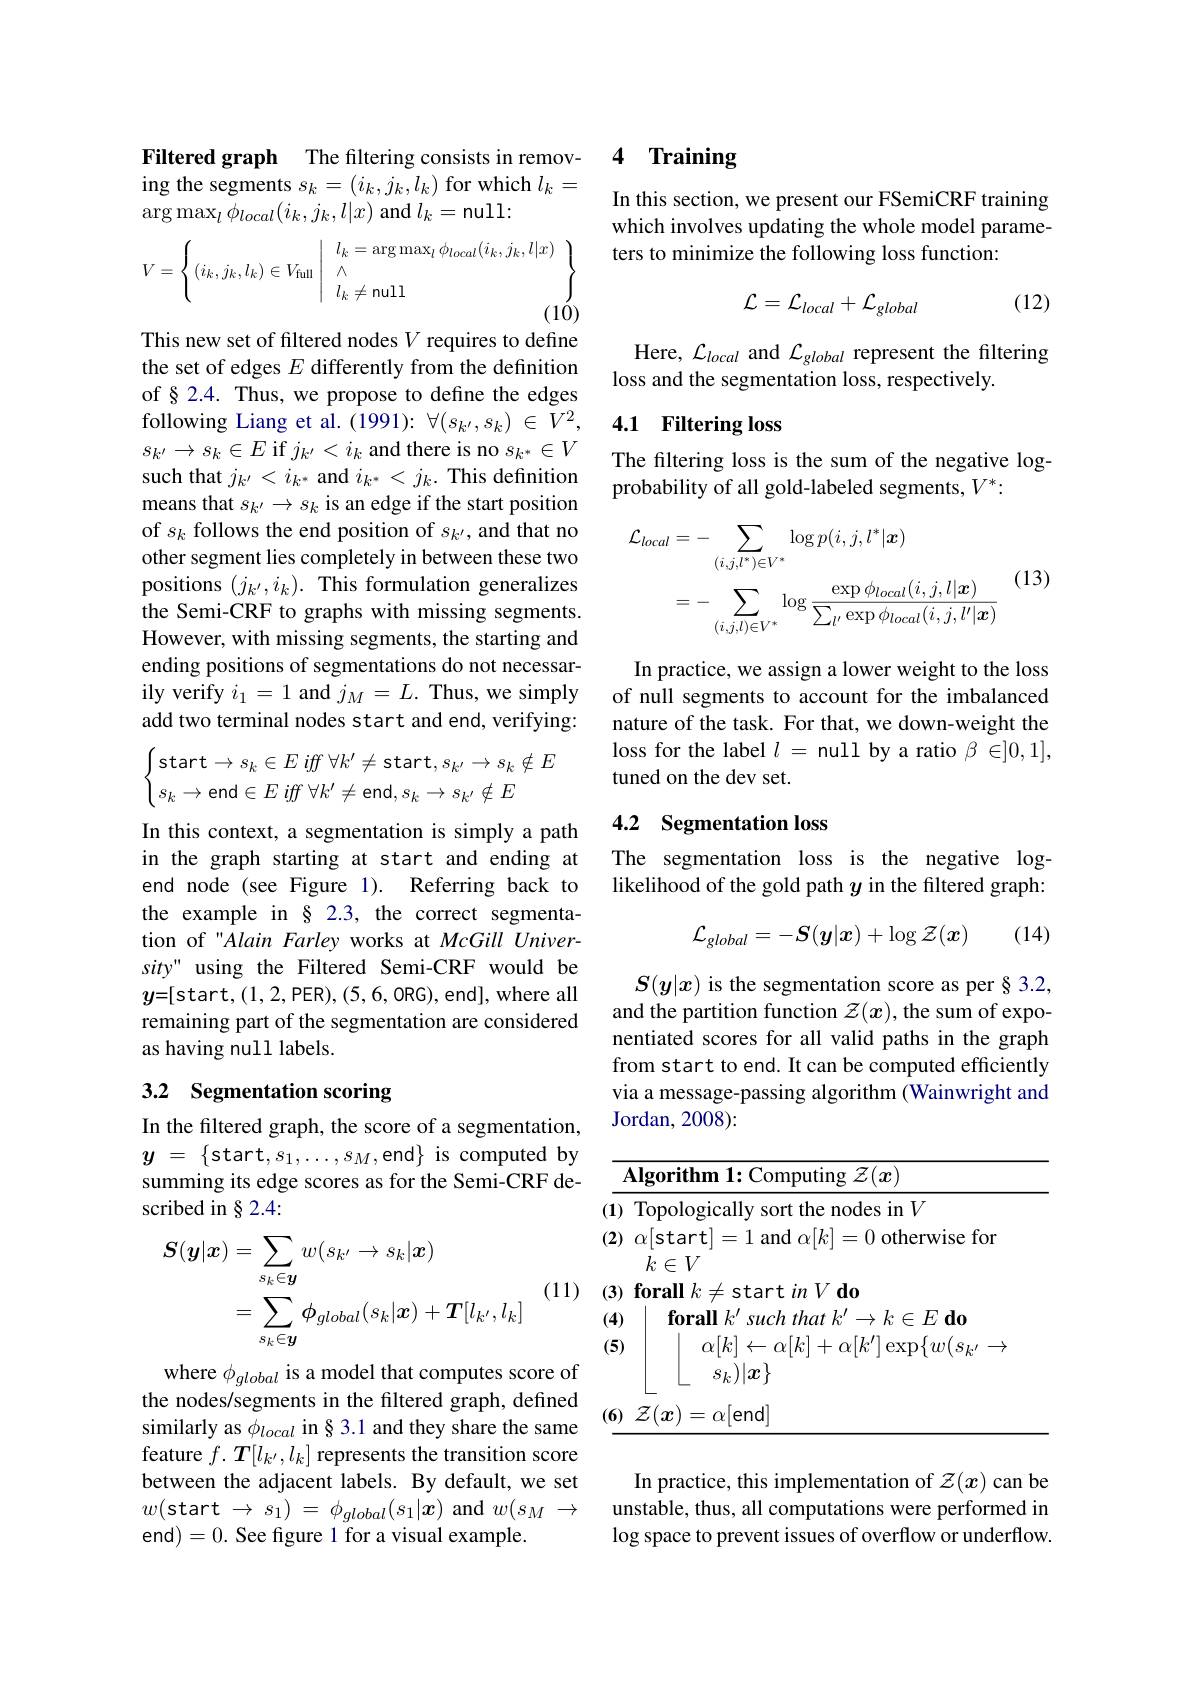
Filtered graph The filtering consists in removing the segments $s_k=(i_k,j_k,l_k)$ for which $l_k=$ $\arg\max_{l}\phi_{local}(i_{k},j_{k},l|x)$ and $l_k=$null:
$$V=\left\{(i_k,j_k,l_k)\in V_{\text{full}}\left|\begin{array}{c}l_k=\arg\max_l\phi_{local}(i_k,j_k,l|x)\\\wedge\\l_k\neq\text{null}\end{array}\right.\right\}$$
This new set of filtered nodes $V$ requires to define the set of edges $E$ differently from the definition of§2.4. Thus, we propose to define the edges following Liang et al. (1991): $\forall(s_{k^{\prime}},s_k)\in\bar{V}^2$, $s_{k^{\prime}}\to s_{k}\in E$ if $j_{k^{\prime}}<i_{k}$ and there is no $s_{k^{*}}\in V$ such that $j_k^{\prime}<i_{k^*}$ and $i_k^*<j_k.$ This definition means that $s_k^{\prime}\to s_k$ is an edge if the start position of $s_k$ follows the end position of $s_{k^{\prime}}$, and that no other segment lies completely in between these two positions $(j_{k^{\prime}},i_k).$ This formulation generalizes the Semi-CRF to graphs with missing segments. However, with missing segments, the starting and ending positions of segmentations do not necessarily verify $i_1=1$ and $j_M=L.$ Thus, we simply add two terminal nodes start and end, verifying:
$$\begin{cases}\text{start}\to s_k\in E\:iff\:\forall k'\neq\text{start},s_{k'}\to s_k\notin E\\s_k\to\text{end}\in E\:iff\:\forall k'\neq\text{end},s_k\to s_{k'}\notin E\end{cases}$$
In this context, a segmentation is simply a path in the graph starting at start and ending at end node (see Figure 1). Referring back to the example in § 2.3, the correct segmentation of "Alain Farley works at McGill University" using the Filtered Semi-CRF would be $y=[$start,(1,2,PER),(5,6,ORG),end],where all remaining part of the segmentation are considered as having null labels.

# 3.2 Segmentation scoring

In the filtered graph, the score of a segmentation, $y$ = $\{$start$,s_1,\ldots,s_M$,end$\}$is computed by summing its edge scores as for the Semi-CRF described in § 2.4:

(11)
$$\begin{aligned}\boldsymbol{S}(\boldsymbol{y}|\boldsymbol{x})&=\sum_{s_{k}\in\boldsymbol{y}}w(s_{k^{\prime}}\to s_{k}|\boldsymbol{x})\\&=\sum_{s_{k}\in\boldsymbol{y}}\phi_{global}(s_{k}|\boldsymbol{x})+\boldsymbol{T}[l_{k^{\prime}},l_{k}]\end{aligned}$$
where $\phi_{global}$ is a model that computes score of the nodes/segments in the filtered graph, defined similarly as $\phi_{local}$ in§3.1 and they share the same feature $f.\boldsymbol{T}[l_{k^{\prime}},l_k]$ represents the transition score between the adjacent labels. By default, we set $w($start $\to s_1)$ = $\phi _{global}( s_1| \boldsymbol{x})$ and $w( s_M$ $\to$ end)=0. See figure 1 for a visual example.

## 4 Training

In this section, we present our FSemiCRF training which involves updating the whole model parameters to minimize the following loss function:

(12)
$$\mathcal{L}=\mathcal{L}_{local}+\mathcal{L}_{global}$$
Here, $\mathcal{L}_local$ and $\mathcal{L}_global$ represent the filtering
loss and the segmentation loss, respectively.

## 4.1 Filtering loss

The filtering loss is the sum of the negative log-
probability of all gold-labeled segments, $V^*:$
$$\begin{aligned}\mathcal{L}_{local}&=-\sum_{(i,j,l^{*})\in V^{*}}\log p(i,j,l^{*}|\boldsymbol{x})\\&=-\sum_{(i,j,l)\in V^{*}}\log\frac{\exp\phi_{local}(i,j,l|\boldsymbol{x})}{\sum_{l^{\prime}}\exp\phi_{local}(i,j,l^{\prime}|\boldsymbol{x})}\end{aligned}$$
(13)

In practice, we assign a lower weight to the loss of null segments to account for the imbalanced nature of the task. For that, we down-weight the loss for the label $l=$ null by a ratio $\beta\in]0,1]$, tuned on the dev set.

## 4.2 Segmentation loss

The segmentation loss is the negative loglikelihood of the gold path $y$ in the filtered graph:
$$\mathcal{L}_{global}=-\boldsymbol{S}(\boldsymbol{y}|\boldsymbol{x})+\log\mathcal{Z}(\boldsymbol{x})$$
(14)

$S(y|x)$ is the segmentation score as per § 3.2, and the partition function $\mathcal{Z}(x)$, the sum of exponentiated scores for all valid paths in the graph from start to end. It can be computed efficiently via a message-passing algorithm (Wainwright and Jordan, 2008) :

<table>
	<tbody>
		<tr>
			<th> </th>
			<th>$\mathbf{Algorithm~1:Computing~}\mathcal{Z}(\boldsymbol{x})$</th>
		</tr>
		<tr>
			<td>(1</td>
			<td>Topologically sort the nodes in $V$</td>
		</tr>
		<tr>
			<td>(2</td>
			<td>$\alpha[$start]=1 and $\alpha[k]=0$ otherwise for $k\in V$</td>
		</tr>
		<tr>
			<td>4 -</td>
			<td>$h.$ $i\neq$start $\iota nV\textbf{do}$ $\textbf{forall }k^{\prime }\textit{such that }k^{\prime }\to k\in E\textbf{ do}$</td>
		</tr>
		<tr>
			<td>(5</td>
			<td>$\alpha[k]\leftarrow\alpha[k]+\alpha[k^{\prime}]\exp\{w(s_{k^{\prime}}\rightarrow$ $s_k)|x\}$</td>
		</tr>
		<tr>
			<td>(6 </td>
			<td>$\mathcal{Z}(\boldsymbol{x})=\alpha[$end]</td>
		</tr>
	</tbody>
</table>

In practice, this implementation of $\mathcal{Z}(x)$ can be unstable, thus, all computations were performed in log space to prevent issues of overflow or underflow.